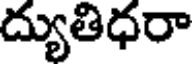
ద్యుతిధరా